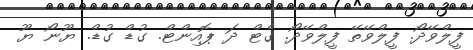
ފީލްވޭދޯ. ފީލްވޭތޭ ފީލްވޭދޯ. ގެޓް ދަ ޕޮއިންޓް. ގުޑް ގުޑް. ޔޫނޯ ޔޫ